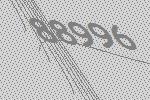
88996